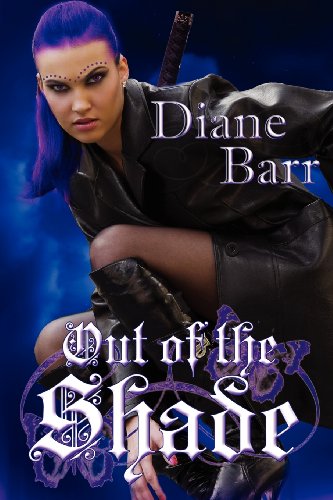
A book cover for Out of the Shade; Diane Barr; Romance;